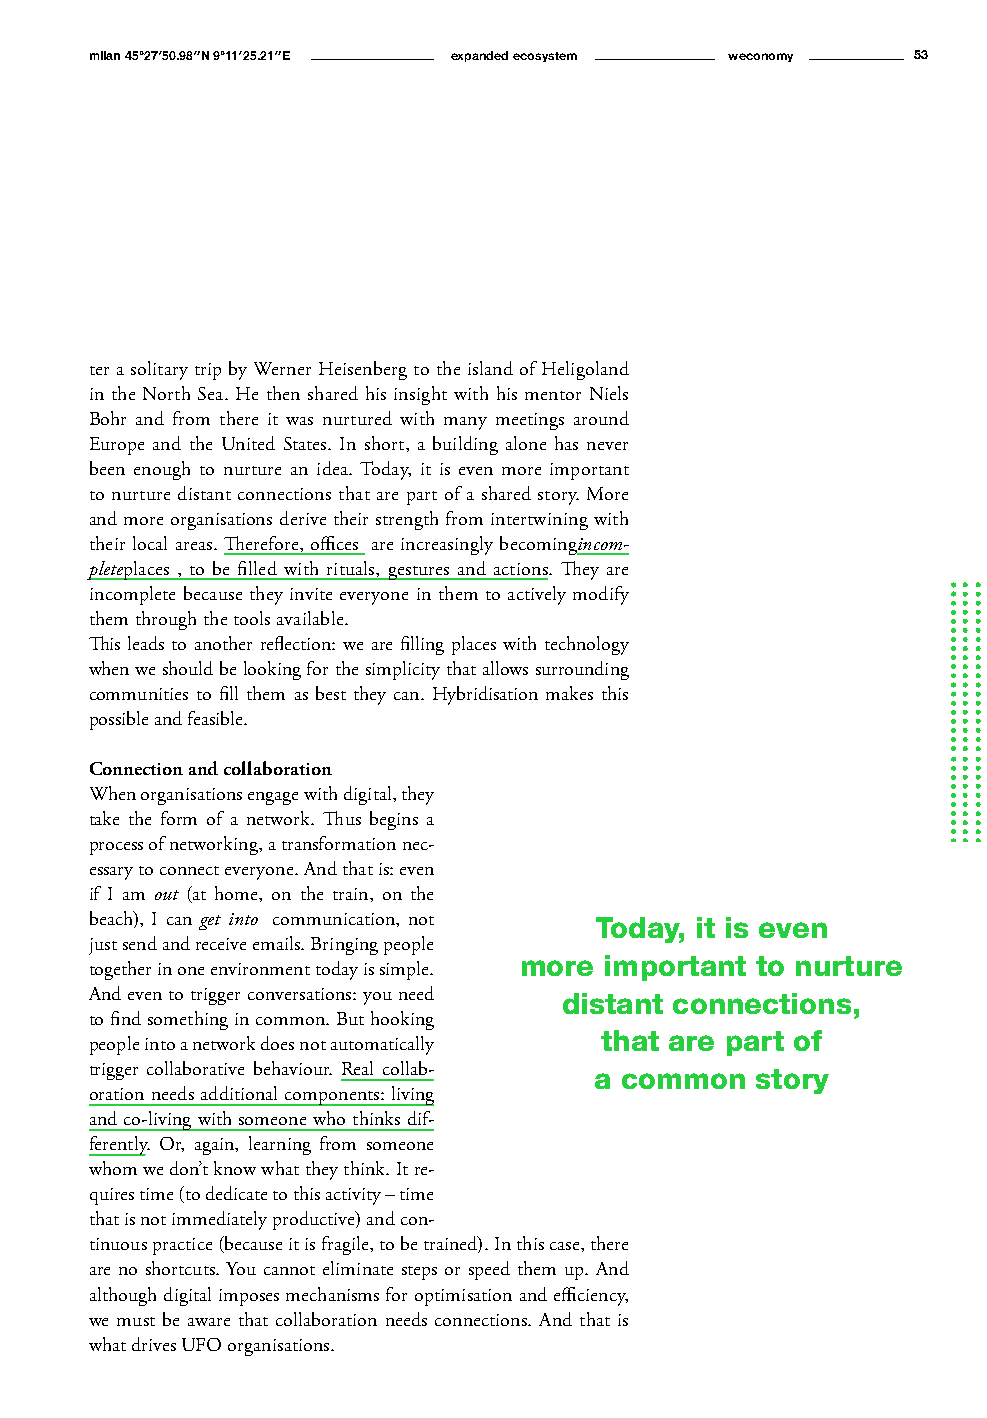
milan 45°27′50.98″N 9°11′25.21″E expanded ecosystem weconomy 53
 The ecosystem
 of relations in UFO
 organisations
 ter a solitary trip by Werner Heisenberg to the island of Heligoland
 in the North Sea. He then shared his insight with his mentor Niels
 Bohr and from there it was nurtured with many meetings around
 Europe and the United States. In short, a building alone has never
 been enough to nurture an idea. Today, it is even more important
 to nurture distant connections that are part of a shared story. More
 and more organisations derive their strength from intertwining with
 their local areas. Therefore, offices are increasingly becomingincom-
 pleteplaces , to be filled with rituals, gestures and actions. They are
 incomplete because they invite everyone in them to actively modify
 them through the tools available.
 This leads to another reflection: we are filling places with technology
 when we should be looking for the simplicity that allows surrounding
 communities to fill them as best they can. Hybridisation makes this
 possible and feasible.
 Connection and collaboration
 When organisations engage with digital, they
 take the form of a network. Thus begins a
 process of networking, a transformation nec-
 essary to connect everyone. And that is: even
 if I am out (at home, on the train, on the
 beach), I can get into communication, not Today, it is even
 just send and receive emails. Bringing people
 more  important to nurture
 together in one environment today is simple.
 And even to trigger conversations: you need distant connections,
 to find something in common. But hooking
 that are part of
 people into a network does not automatically
 trigger collaborative behaviour. Real collab- a common story
 oration needs additional components: living
 and co-living with someone who thinks dif-
 ferently. Or, again, learning from someone
 whom we don’t know what they think. It re-
 quires time (to dedicate to this activity – time
 that is not immediately productive) and con-
 tinuous practice (because it is fragile, to be trained). In this case, there
 are no shortcuts. You cannot eliminate steps or speed them up. And
 although digital imposes mechanisms for optimisation and efficiency,
 we must be aware that collaboration needs connections. And that is
 what drives UFO organisations.